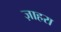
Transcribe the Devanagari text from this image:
ज़ाहरा